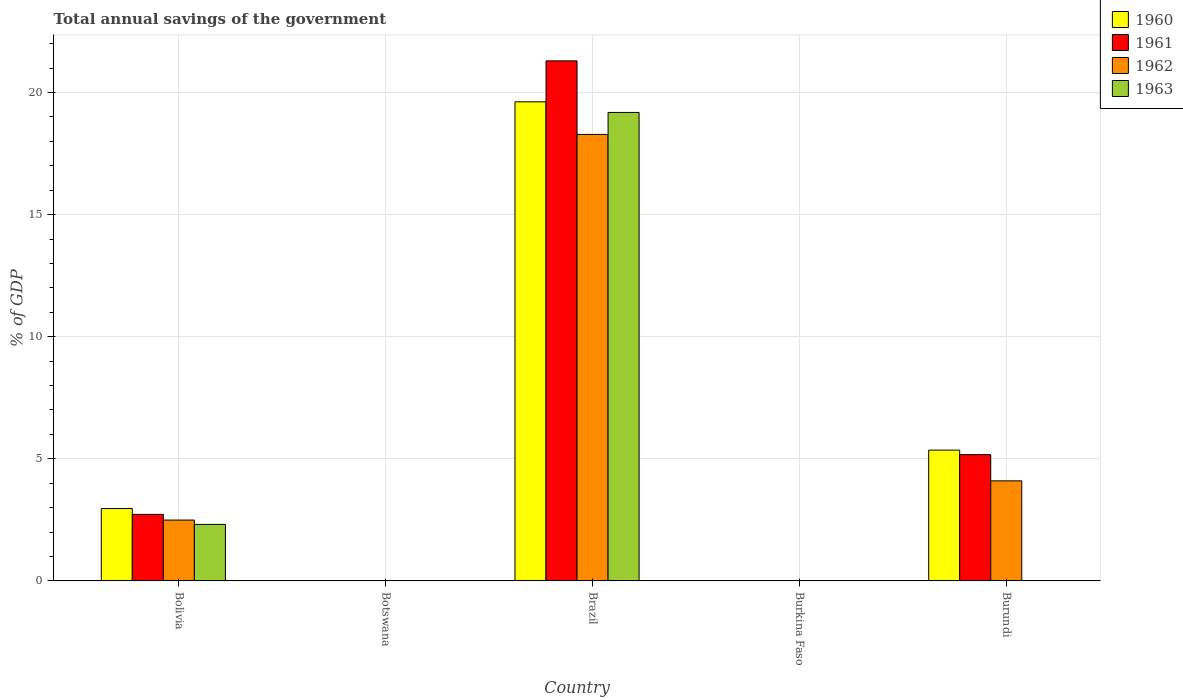
| Country | 1960 | 1961 | 1962 | 1963 |
 | --- | --- | --- | --- | --- |
 | Bolivia | 2.96 | 2.73 | 2.49 | 2.32 |
 | Botswana | -7.35 | -7.91 | -8.11 | -8.54 |
 | Brazil | 19.6 | 21.3 | 18.3 | 19.2 |
 | Burkina Faso | -2.46 | -1.71 | -1.47 | -1.29 |
 | Burundi | 5.36 | 5.17 | 4.1 | -0.752 |